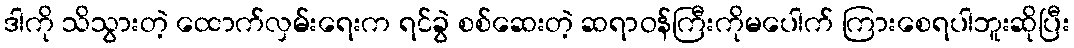
ဒါကို သိသွားတဲ့ ထောက်လှမ်းရေးက ရင်ခွဲ စစ်ဆေးတဲ့ ဆရာဝန်ကြီးကိုမပေါက် ကြားစေရပါဘူးဆိုပြီး